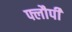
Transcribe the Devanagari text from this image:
फ्लौपी